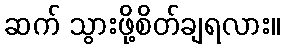
ဆက် သွားဖို့စိတ်ချရလား။